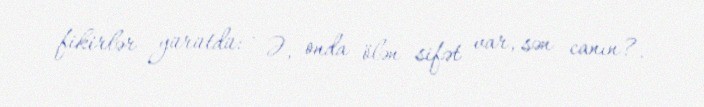
fikirlər yürütdü: - Ə, onda ölən sifət var, sən canın?.